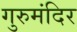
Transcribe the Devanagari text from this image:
गुरुमंदिर